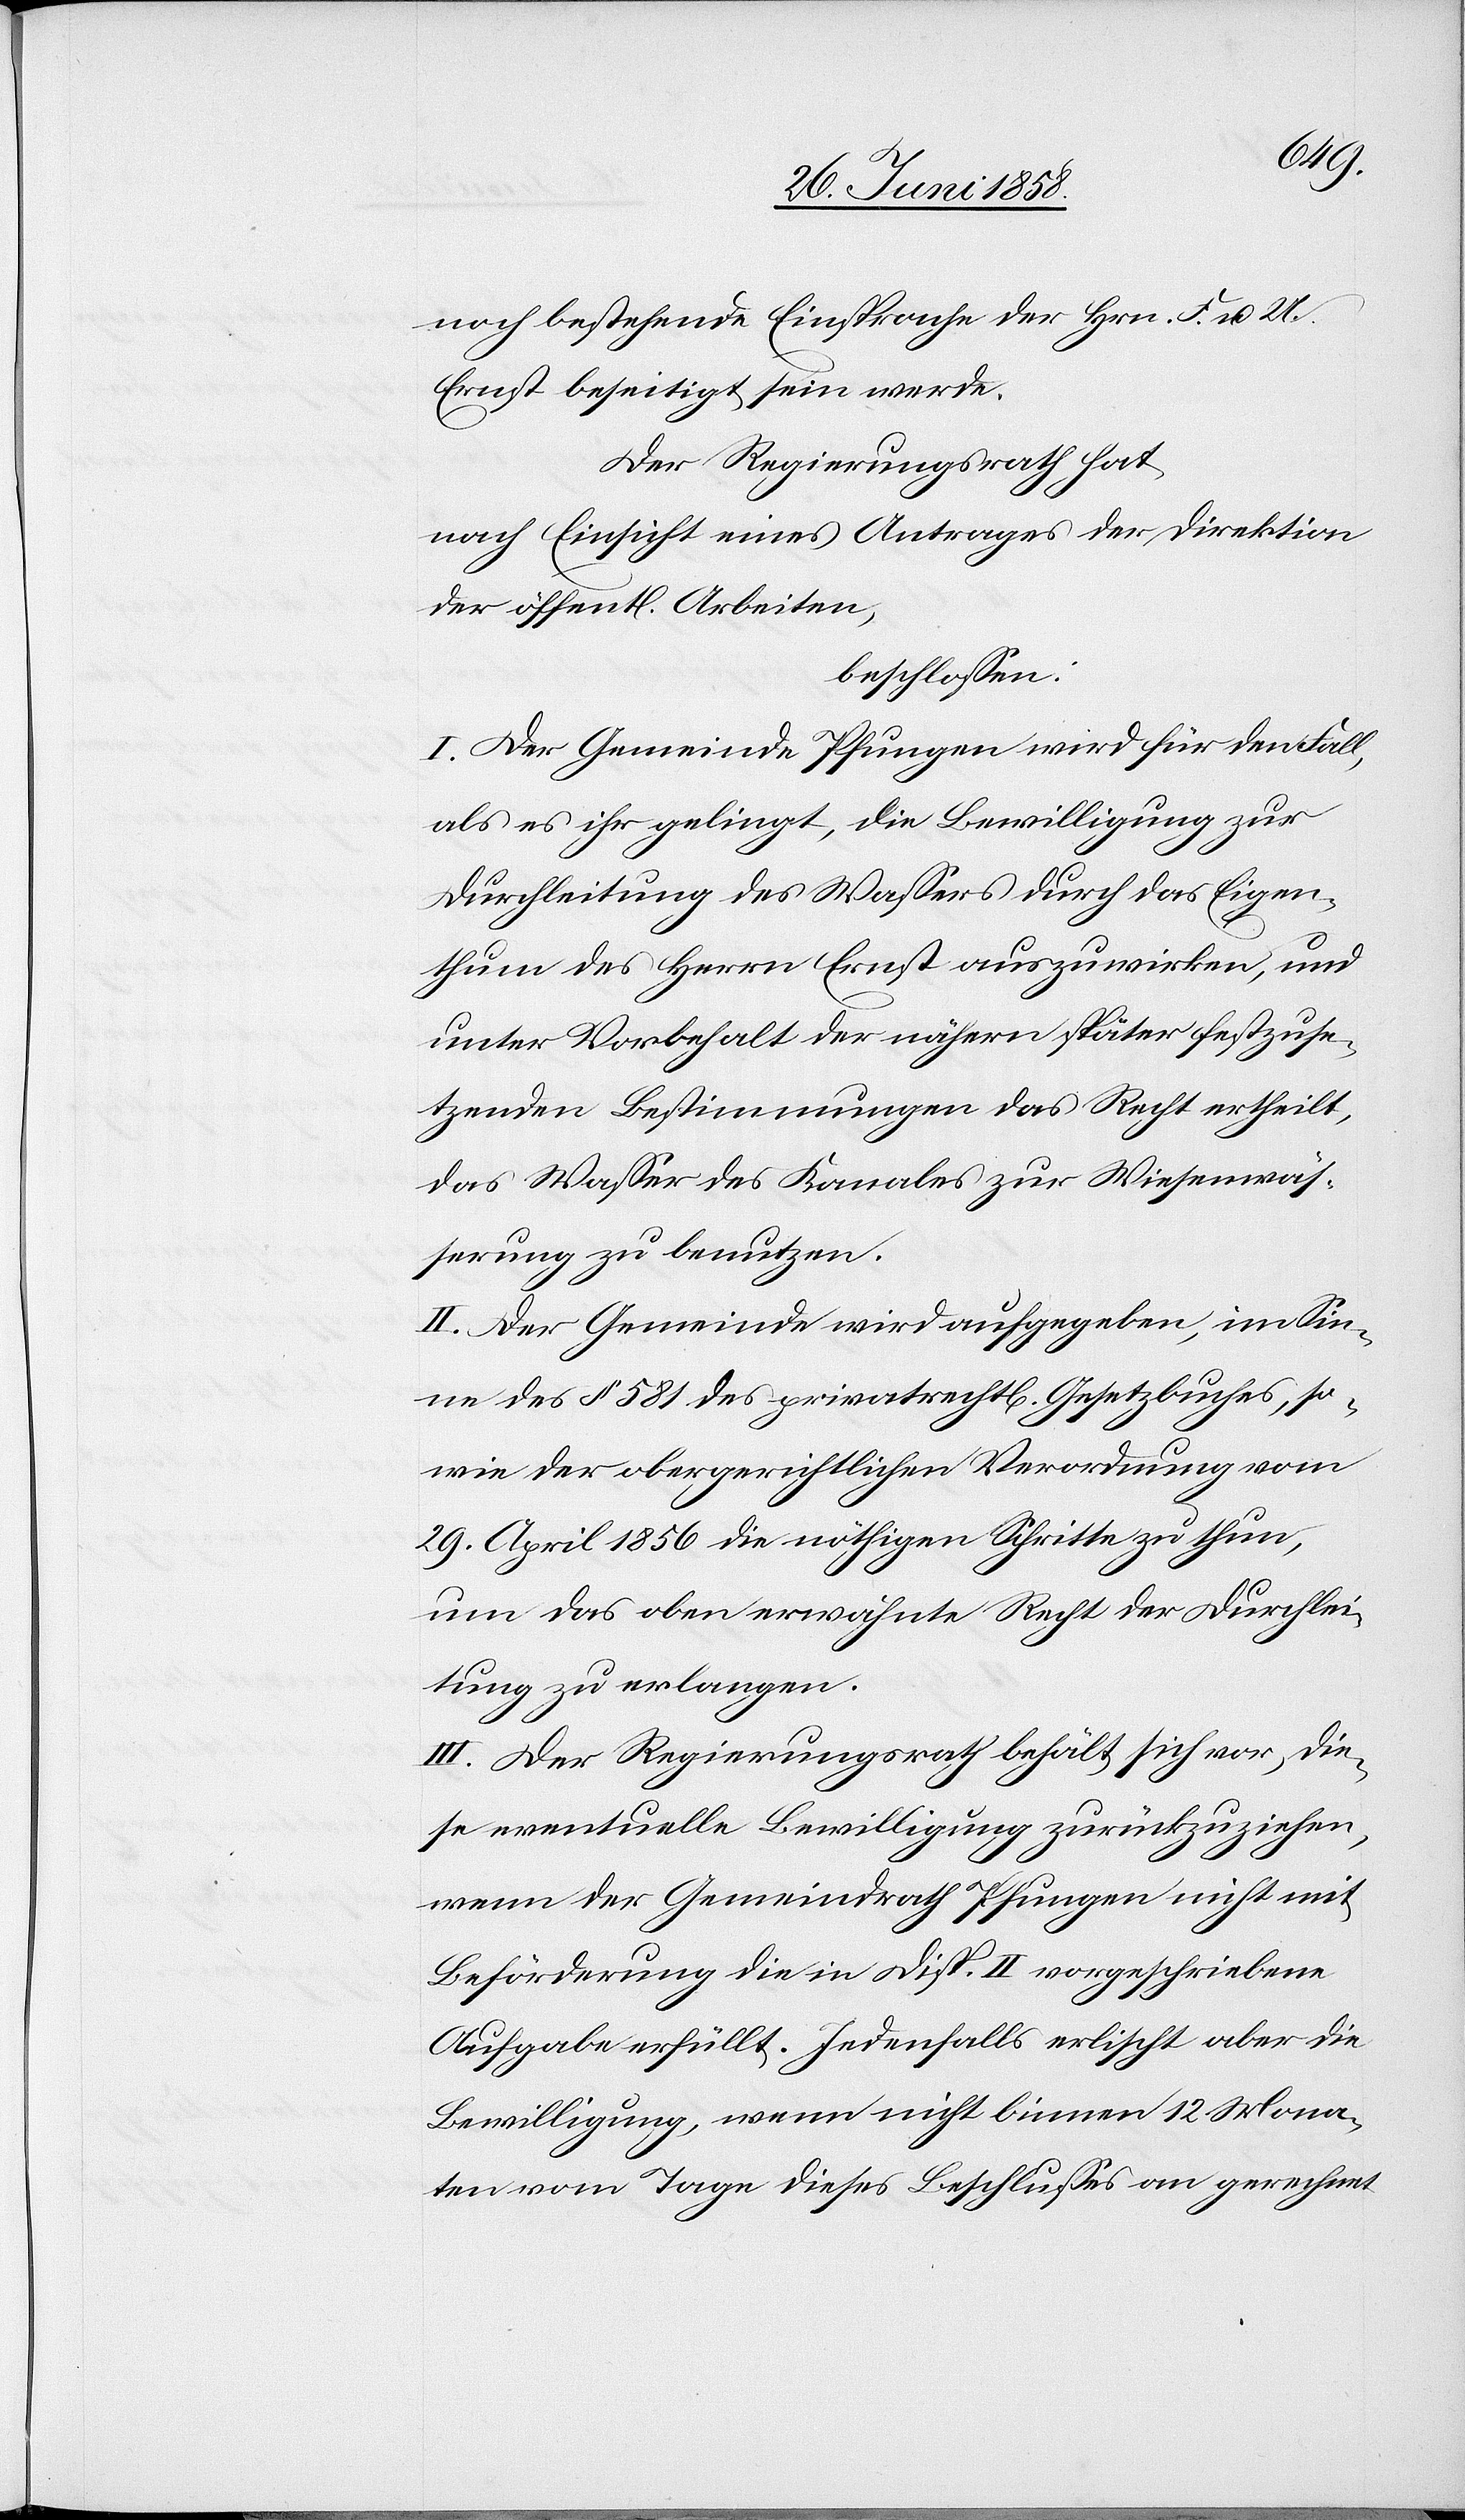
Arbeiten,
noch bestehende Einsprache der Hrn. F. u. U.
Ernst beseitigt sein werde.
Der Regierungsrath hat,
nach Einsicht eines Antrages der Direktion
beschlossen:
I. Der Gemeinde Pfungen wird für den Fall,
als es ihr gelingt, die Bewilligung zur
Durchleitung des Wassers durch das Eigen¬
thum des Herrn Ernst auszuwirken, und
unter Vorbehalt der nähern später festzuse¬
tzenden Bestimmungen das Recht ertheilt,
das Wasser des Kanales zur Wiesenwäs¬
serung zu benutzen.
II. Der Gemeinde wird aufgegeben, im Sin¬
ne des § 581 des privatrecht[lichen] Gesetzbuches, so¬
wie der obergerichtlichen Verordnung vom
29. April 1856 die nöthigen Schritte zu thun,
um das oben erwähnte Recht der Durchlei¬
tung zu erlangen.
III. Der Regierungsrath behält sich vor, die¬
se eventuelle Bewilligung zurückzuziehen,
wenn der Gemeindrath Pfungen nicht mit
Beförderung die in Disp. II vorgeschriebene
Aufgabe erfüllt. Jedenfalls erlischt aber die
Bewilligung, wenn nicht binnen 12 Mona¬
ten vom Tage dieses Beschlusses an gerechnet